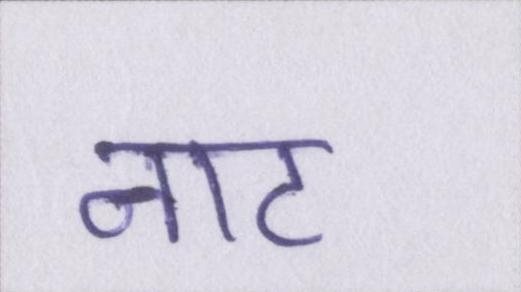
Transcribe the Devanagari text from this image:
नाट